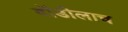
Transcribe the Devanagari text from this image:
बॉडीलाच